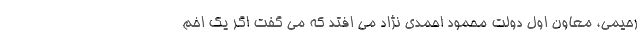
رحیمی، معاون اول دولت محمود احمدی نژاد می افتد که می گفت اگر یک اخم